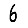
Digit: 6